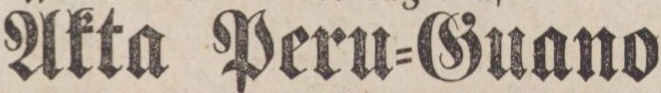
Äkta Peru=Guano,